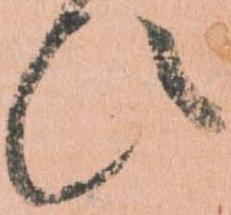
ひ